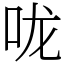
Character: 咙